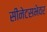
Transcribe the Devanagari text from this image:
सीनेटसभेवर